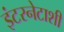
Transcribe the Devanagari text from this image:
इंटरनेटाशी